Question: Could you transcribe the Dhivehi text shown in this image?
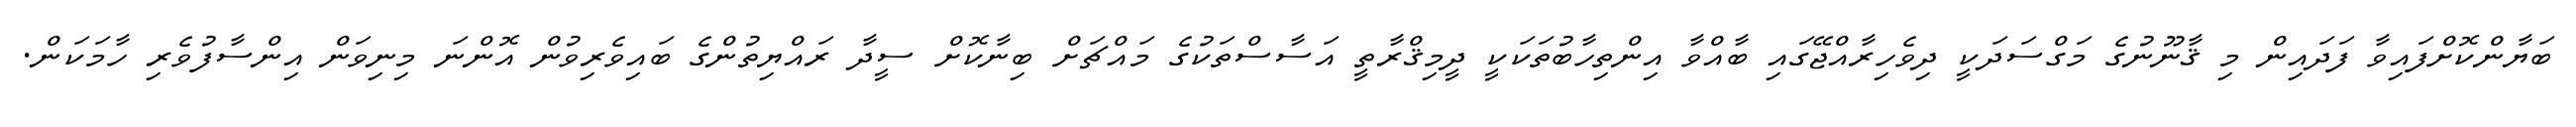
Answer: ބަޔާންކޮށްފައިވާ ފަދައިން މި ޤާނޫނުގެ މަގްސަދަކީ ދިވެހިރާއްޖޭގައި ބާއްވާ އިންތިހާބުތަކަކީ ދީމިޤްރާތީ އަސާސްތަކުގެ މައްޗަށް ބިނާކޮށް ސީދާ ރައްޔިތުންގެ ބައިވެރިވުން އޮންނަ މިނިވަން އިންސާފުވެރި ހާމަކަން.